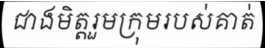
ជាងមិត្តរួមក្រុមរបស់គាត់